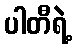
ပါတီရဲ့